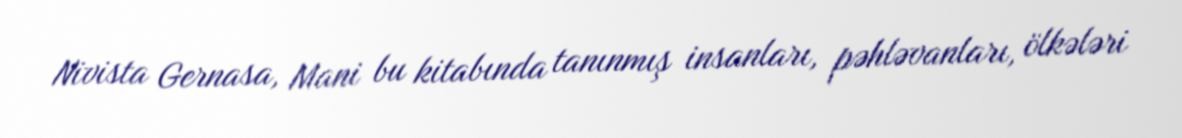
Nivista Gernasa, Mani bu kitabında tanınmış insanları, pəhləvanları, ölkələri